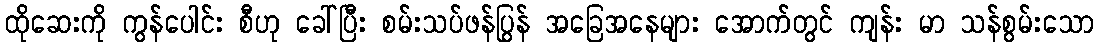
ထိုဆေးကို ကွန်ပေါင်း စီဟု ခေါ်ပြီး စမ်းသပ်ဖန်ပြွန် အခြေအနေများ အောက်တွင် ကျန်း မာ သန်စွမ်းသော